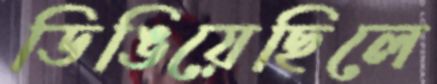
ডিঙিয়েছিলে